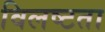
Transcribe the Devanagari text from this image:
विलष्टता